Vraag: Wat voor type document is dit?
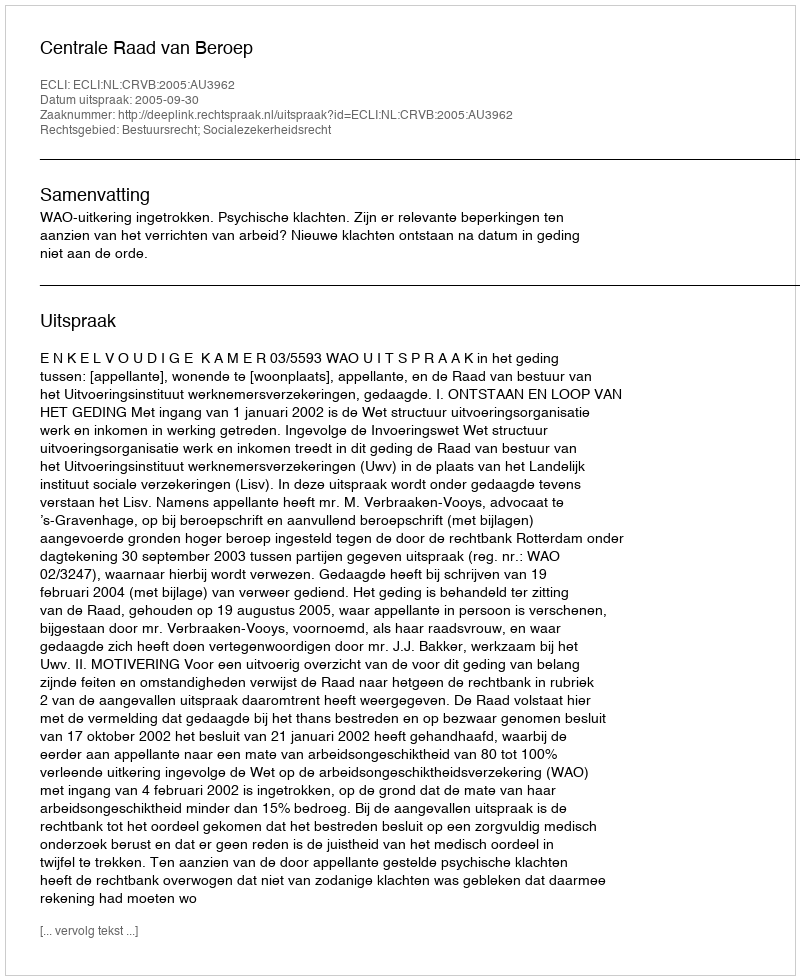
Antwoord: Uitspraak